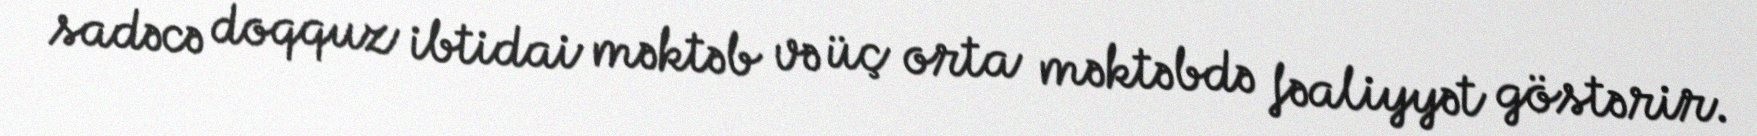
sadəcə doqquz ibtidai məktəb və üç orta məktəbdə fəaliyyət göstərir.